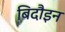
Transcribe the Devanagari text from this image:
बिदौइन